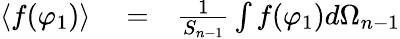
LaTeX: \begin{array}{rlr}{\langle f(\varphi_{1})\rangle}&{{}=}&{\frac{1}{S_{n-1}}\int f(\varphi_{1})d\Omega_{n-1}}\end{array}